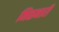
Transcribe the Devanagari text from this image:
मिळनारी